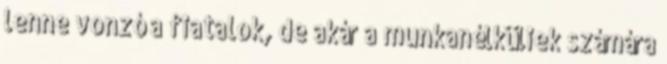
lenne vonzó a fiatalok, de akár a munkanélküliek számára